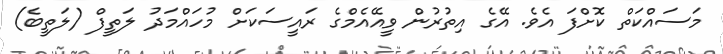
މަސައްކަތް ކޮށްފަ އެވެ. އޭގެ އިތުރުން ވީއޭއެމްގެ ރައީސަކަށް މުހައްމަދު ލަތީފް (ލަތީބެ)